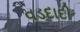
વડદાદી